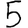
Digit: 5